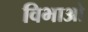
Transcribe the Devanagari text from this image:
विभाओ